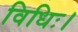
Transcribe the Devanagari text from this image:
विधिः।